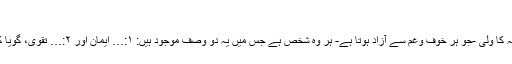
‘‘
اس آیتِ کریمہ سے معلوم ہوا کہ اللہ کا ولی -جو ہر خوف وغم سے آزاد ہوتا ہے- ہر وہ شخص ہے جس میں یہ دو وصف موجود ہیں: ۱:… ایمان اور ۲:… تقویٰ، گویا کمالِ تقویٰ کا دوسرا نام ولایت ہے۔